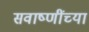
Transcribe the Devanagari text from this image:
सवाष्णींच्या